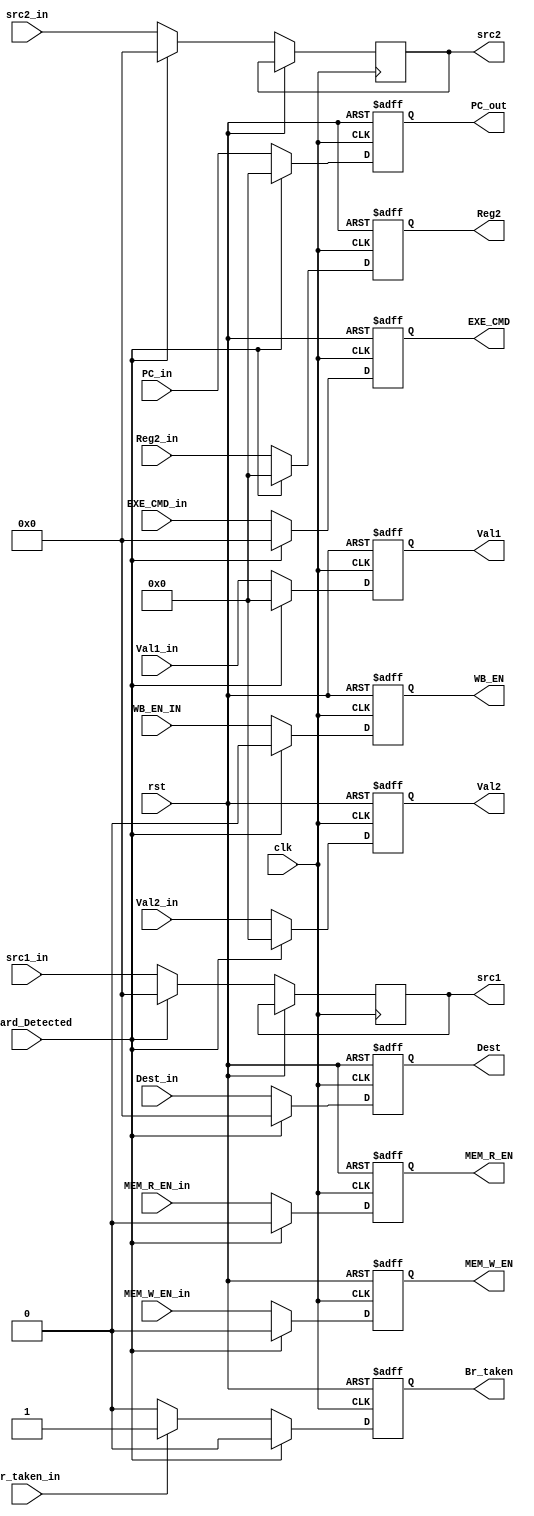
module ID_Stage_registers
	(
    input clk,
    input rst,
    // input of ID stage
		input [31:0] PC_in,
    input [4:0] Dest_in,
    input [31:0] Reg2_in,
    input [31:0] Val2_in,
    input [31:0] Val1_in,
		input [4:0] src1_in,
		input [4:0] src2_in,
		input [4:0] EXE_CMD_in,
		input hazard_Detected,
		input Br_taken_in,
		input MEM_R_EN_in,
		input MEM_W_EN_in,
    input WB_EN_IN,

    // to Execution stage registers
		output reg [4:0] src1,
		output reg [4:0] src2,
		output reg [4:0] Dest,
		output reg [31:0] Reg2,
		output reg [31:0] Val2,
		output reg [31:0] Val1,
		output reg [31:0] PC_out,
		output reg [4:0] EXE_CMD,
		output reg Br_taken,
		output reg MEM_R_EN,
		output reg MEM_W_EN,
		output reg WB_EN
	);

	always @ (posedge clk or posedge rst) begin
		if(rst) begin
			{Dest,Reg2,Val2,Val1,PC_out,EXE_CMD,Br_taken,MEM_R_EN,MEM_W_EN,WB_EN} <= 0;
		end else begin
			if (hazard_Detected == 1'b1) begin
				{Dest,Reg2,Val2,Val1,PC_out,EXE_CMD,src1,src2,Br_taken,MEM_R_EN,MEM_W_EN,WB_EN} <= 0;
			end else begin
				src1 <= src1_in;
				src2 <= src2_in;
				Dest <= Dest_in;
				Reg2 <= Reg2_in;
				Val2 <= Val2_in;
				Val1 <= Val1_in;
				PC_out <= PC_in;
				Br_taken = (Br_taken_in == 1'b1)? 1'b1 : 1'b0;
				EXE_CMD = EXE_CMD_in;
				MEM_R_EN = MEM_R_EN_in;
				MEM_W_EN = MEM_W_EN_in;
				WB_EN = WB_EN_IN;
			end
		end
	end

endmodule